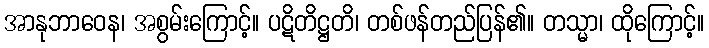
အာနုဘာဝေန၊ အစွမ်းကြောင့်။ ပဋိတိဋ္ဌတိ၊ တစ်ဖန်တည်ပြန်၏။ တသ္မာ၊ ထိုကြောင့်။